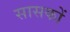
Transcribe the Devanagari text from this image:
सासकों